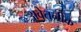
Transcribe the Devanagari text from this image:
अवेतनीक